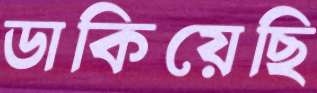
ডাকিয়েছি